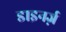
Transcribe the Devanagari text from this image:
डाइनर्ज़